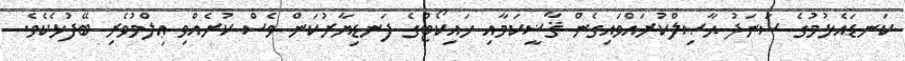
ކަނޑައެޅުމުގެ ސަނަދު ޙާޞިލްކުރައްވައިގެން ޤާޟީކަމާއި ހައިކޯޓްގެ ފަނޑިޔާރުކަން ވެސް ކުރެއްވި ޢިލްމުވެރި ބޭފުޅެކެވެ.